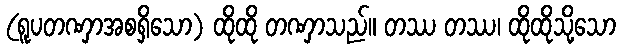
(ရူပတဏှာအစရှိသော) ထိုထို တဏှာသည်။ တဿ တဿ၊ ထိုထိုသို့သော